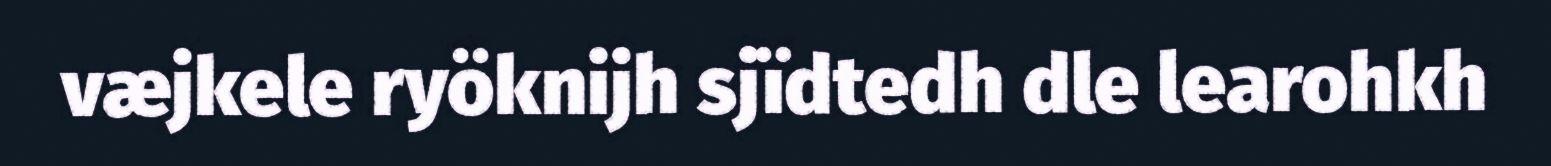
væjkele ryöknijh sjïdtedh dle learohkh